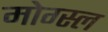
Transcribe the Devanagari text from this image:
मोग्स्ल